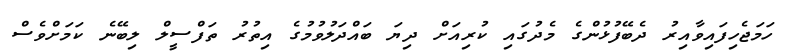
ހަމަޖެހިފައިވާއިރު ދެބޭފުޅުންގެ މެދުގައި ކުރިއަށް ދިޔަ ބައްދަލުވުމުގެ އިތުރު ތަފްސީލް ލިބޭނެ ކަމަށްވެސް